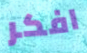
افكر